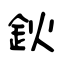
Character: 鈥